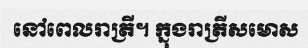
នៅពេលរាត្រី។ ក្នុងរាត្រីសមោស